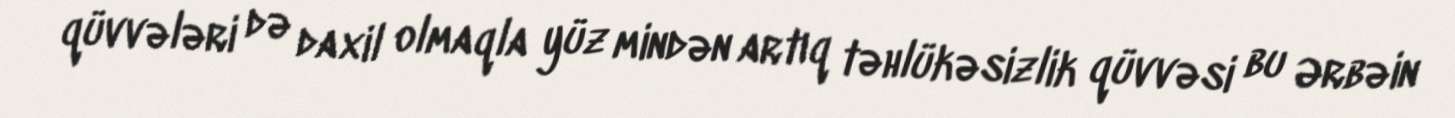
qüvvələri də daxil olmaqla yüz mindən artıq təhlükəsizlik qüvvəsi bu Ərbəin